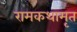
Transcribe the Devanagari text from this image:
रामकथामृत